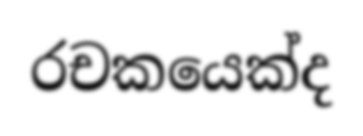
රචකයෙක්ද